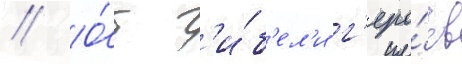
// О́т г'и́б'ел'и г'еро́ев